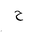
Letter: _ha